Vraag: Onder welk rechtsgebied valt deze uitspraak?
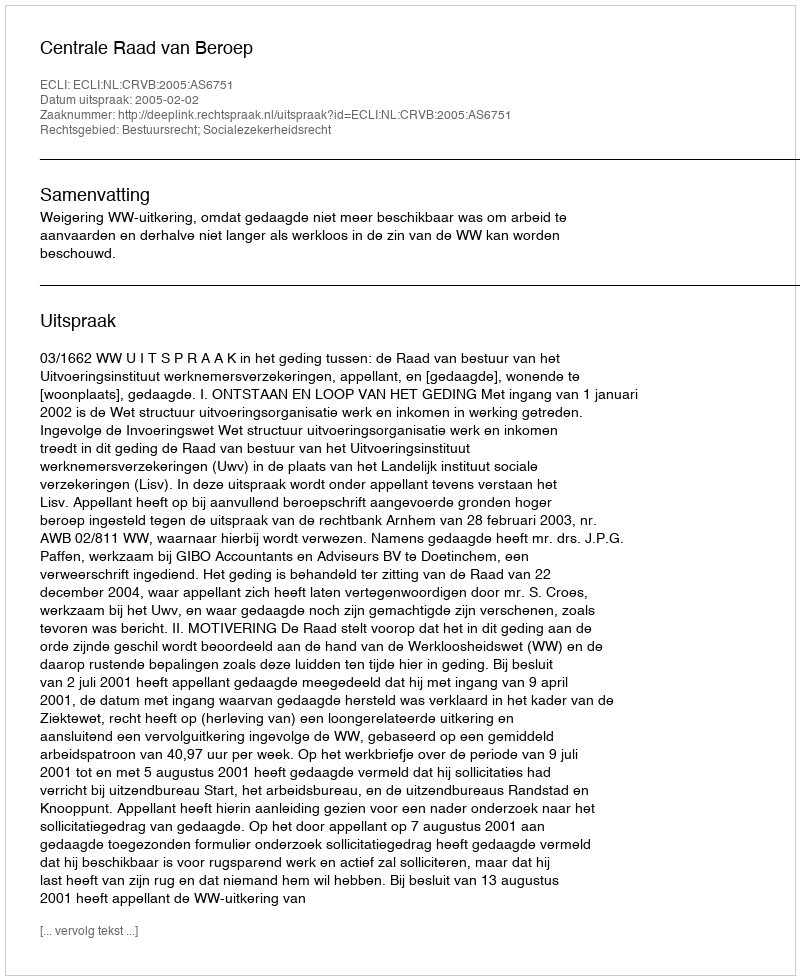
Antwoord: Bestuursrecht; Socialezekerheidsrecht